Civil Veterinary Department. United Provinces 1932-42 - 1932-1942
Year: 1932
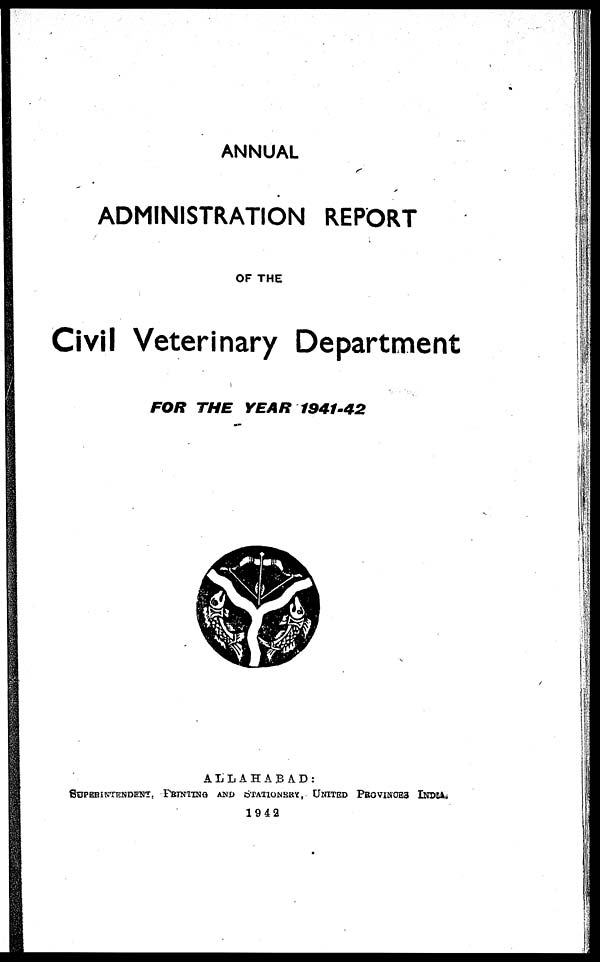
ANNUAL
ADMINISTRATION REPORT
OF THE
Civil Veterinary Department
FOR THE YEAR
1941-42
ALLAHABAD:
SUPERINTENDENT, PRINTING AND STATIONERY, UNITED PROVINCES INDIA
1942